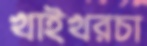
খাইখরচা